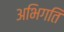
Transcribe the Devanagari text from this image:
अभिगति